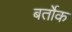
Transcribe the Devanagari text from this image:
बर्तोक